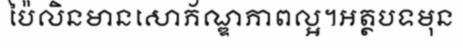
ប៉ៃលិនមានសោភ័ណ្ឌភាពល្អ។អត្ថបទមុន